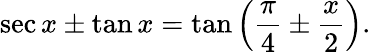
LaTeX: \sec x\pm\tan x=\tan\left({\frac{\pi}{4}}\pm{\frac{x}{2}}\right).